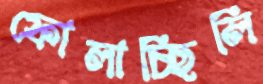
ফোলাচ্ছিলি